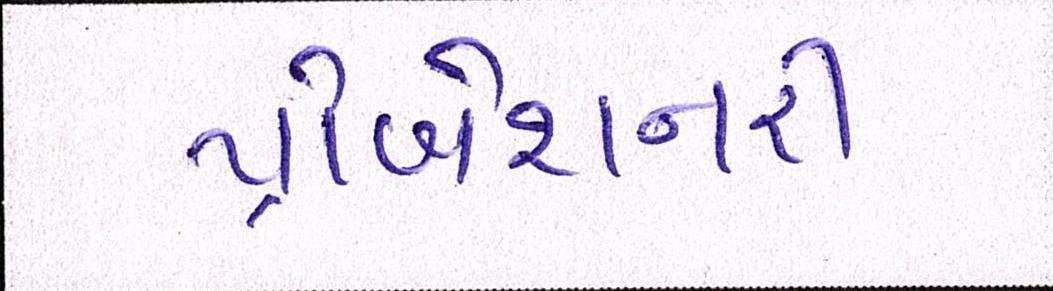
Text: પ્રોબેશનરી